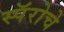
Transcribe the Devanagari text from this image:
स्पॅरोचे